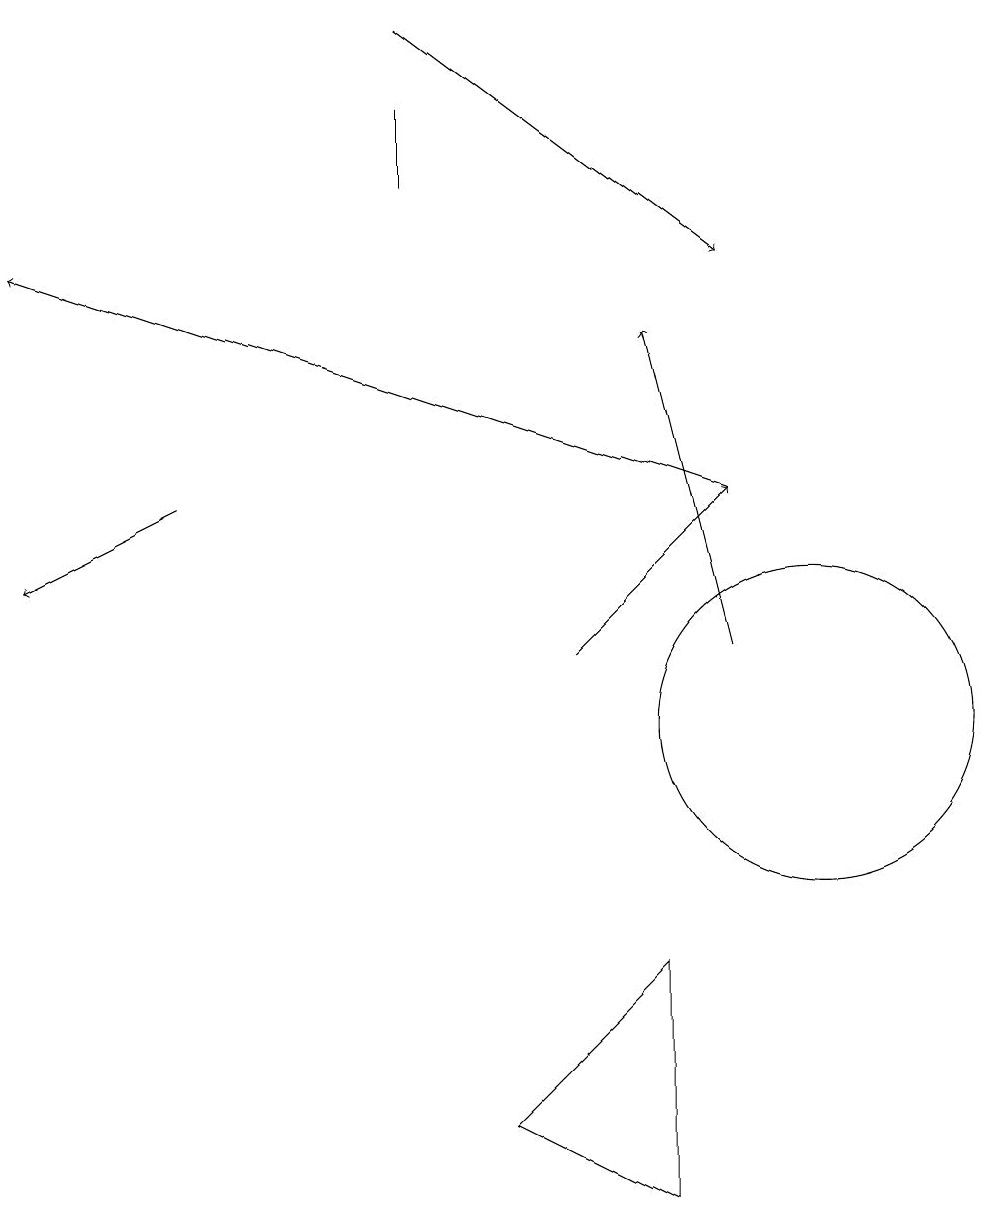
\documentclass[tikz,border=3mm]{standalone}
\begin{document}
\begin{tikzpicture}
\draw (8,7) -- (8,4) -- (6,5) -- cycle;
\draw[->] (5,19) -- (9,16);
\draw[->] (2,13) -- (0,12);
\draw[->] (9,13) -- (0,16);
\draw[->] (7,11) -- (9,13);
\draw (10,10) circle (2);
\draw[->] (9,11) -- (8,15);
\draw (5,17) rectangle (5,18);
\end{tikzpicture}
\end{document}